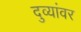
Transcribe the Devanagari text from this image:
दुव्यांवर